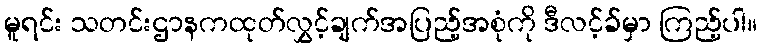
မူရင်း သတင်းဌာနကထုတ်လွှင့်ချက်အပြည့်အစုံကို ဒီလင့်ခ်မှာ ကြည့်ပါ။